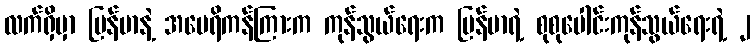
လက်ရှိမှာ မြန်မာနဲ့ အမေရိကန်ကြားက ကုန်သွယ်ရေးက မြန်မာရဲ့ စုစုပေါင်းကုန်သွယ်ရေးရဲ့ ၂